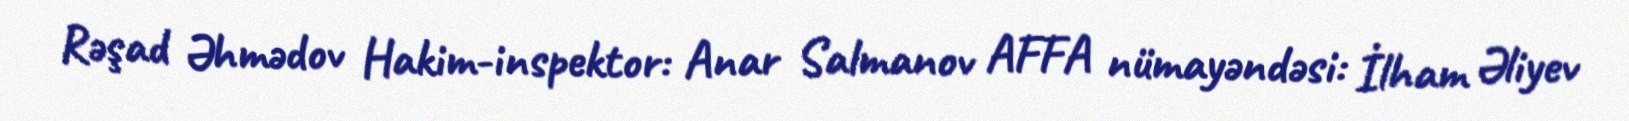
Rəşad Əhmədov Hakim-inspektor: Anar Salmanov AFFA nümayəndəsi: İlham Əliyev